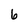
Character: 6